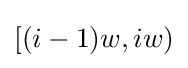
[(i-1)w,iw)